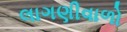
લાગણીવાળો